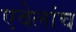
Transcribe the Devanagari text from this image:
एवेलांच